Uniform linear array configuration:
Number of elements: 12
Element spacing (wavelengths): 0.75
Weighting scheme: blackman
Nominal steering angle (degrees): -30
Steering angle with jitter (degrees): -30.288
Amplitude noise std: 0.05
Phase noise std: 0.05

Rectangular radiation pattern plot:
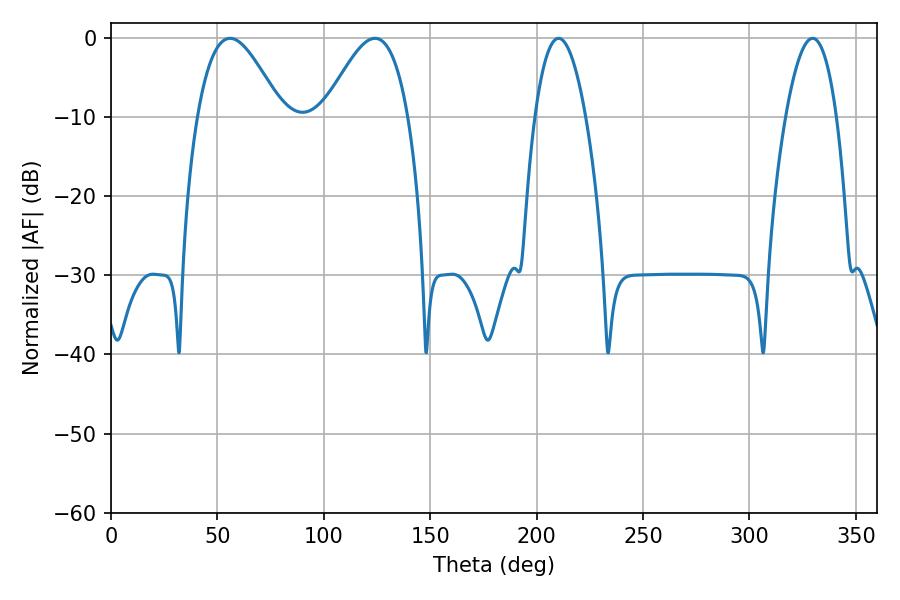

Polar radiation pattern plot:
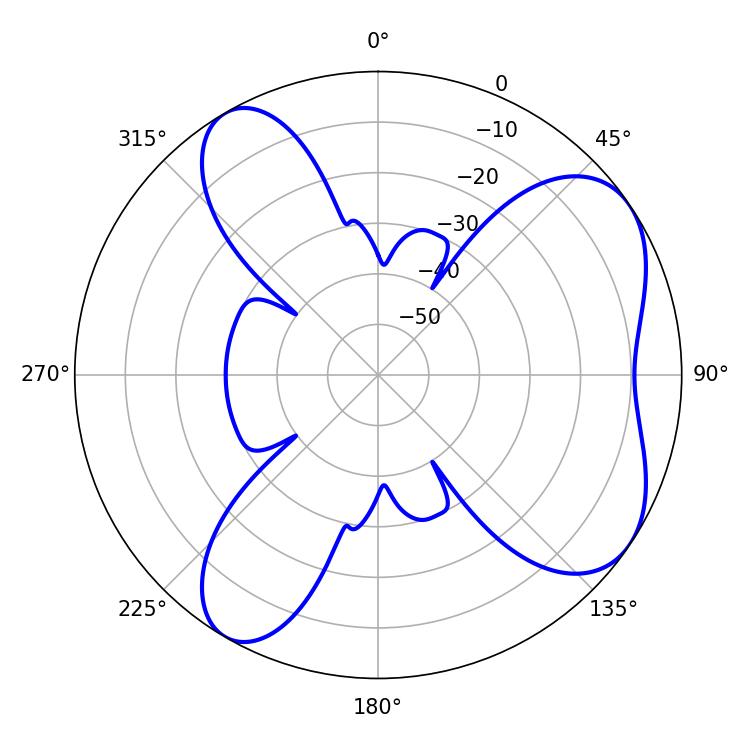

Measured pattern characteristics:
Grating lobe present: TRUE
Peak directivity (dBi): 6.344
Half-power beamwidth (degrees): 21.24
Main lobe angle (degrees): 55.98